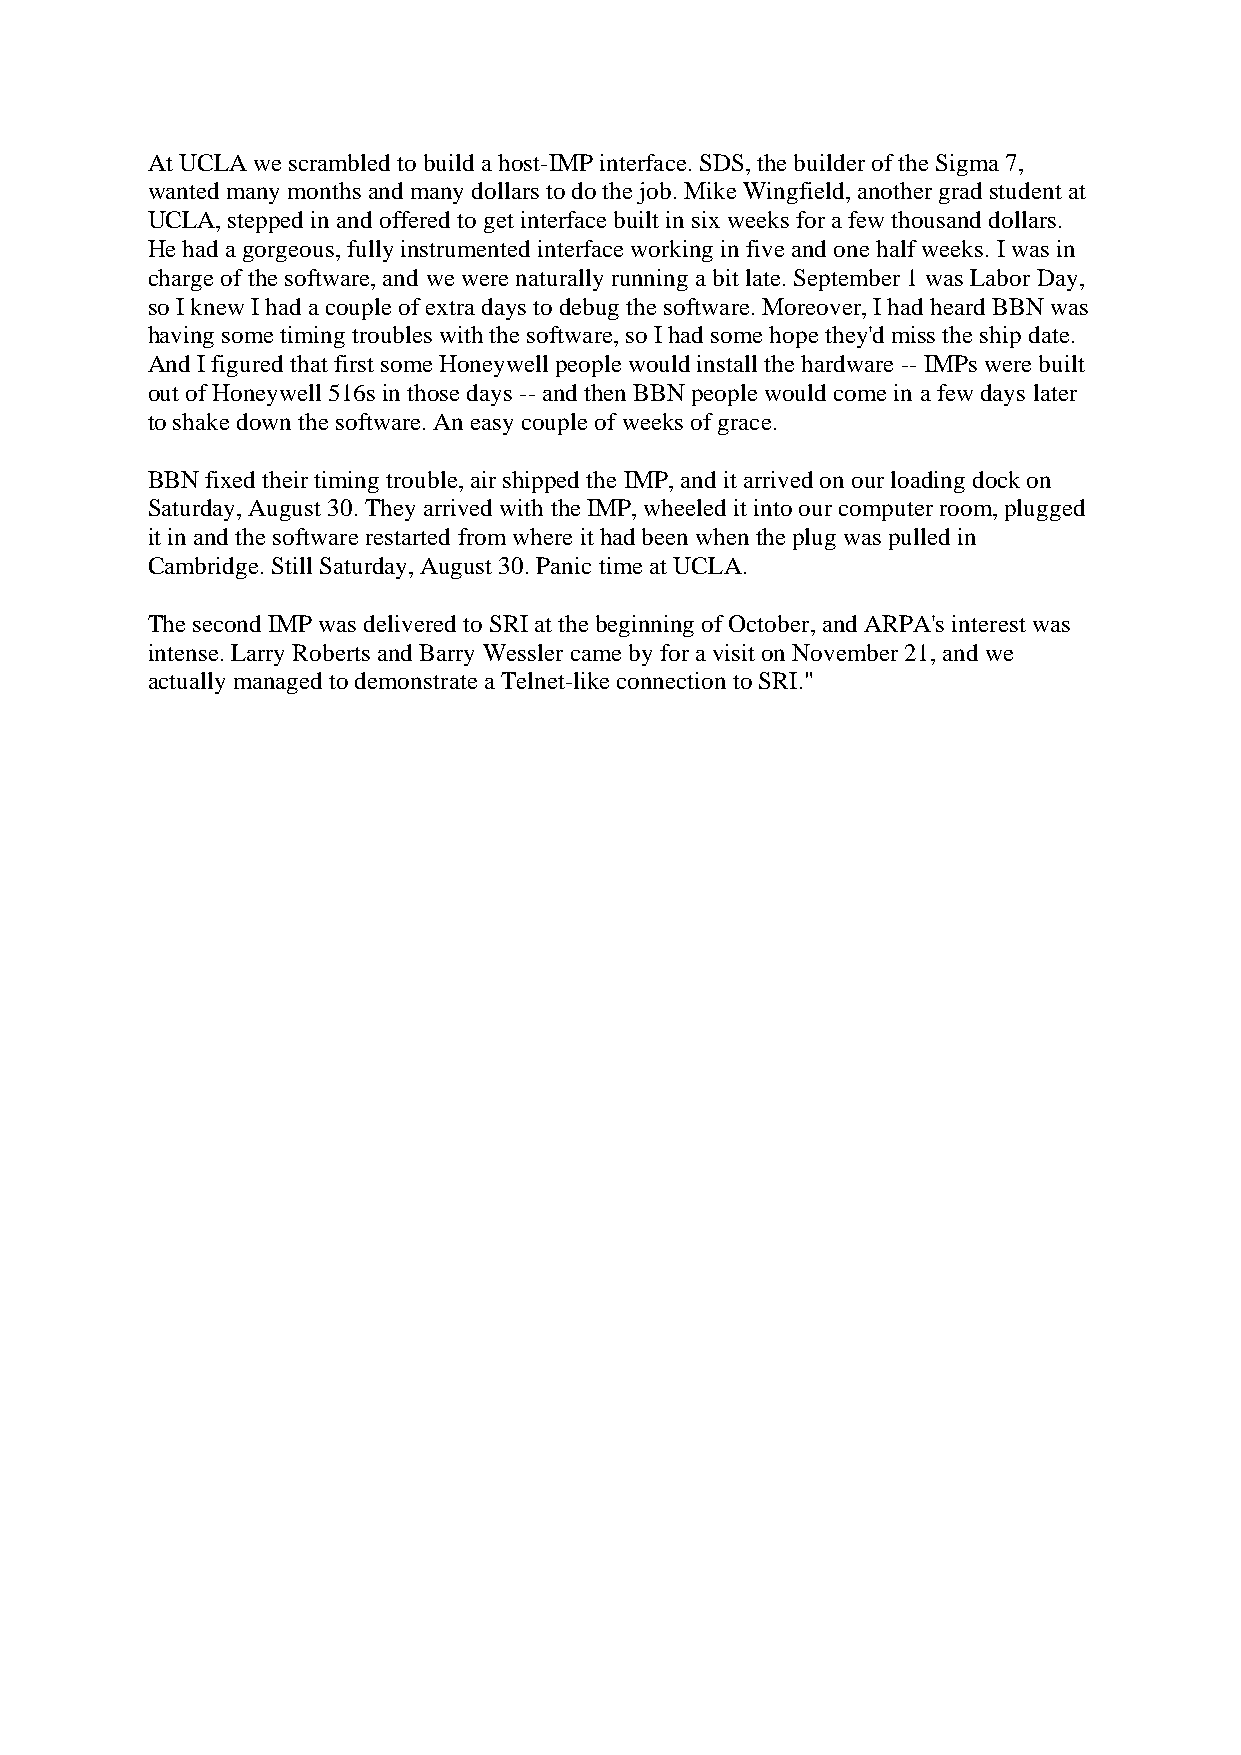
At UCLA we scrambled to build a host-IMP interface. SDS, the builder of the Sigma 7,
 wanted many months and many dollars to do the job. Mike Wingfield, another grad student at
 UCLA, stepped in and offered to get interface built in six weeks for a few thousand dollars.
 He had a gorgeous, fully instrumented interface working in five and one half weeks. I was in
 charge of the software, and we were naturally running a bit late. September 1 was Labor Day,
 so I knew I had a couple of extra days to debug the software. Moreover, I had heard BBN was
 having some timing troubles with the software, so I had some hope they'd miss the ship date.
 And I figured that first some Honeywell people would install the hardware -- IMPs were built
 out of Honeywell 516s in those days -- and then BBN people would come in a few days later
 to shake down the software. An easy couple of weeks of grace.
 BBN fixed their timing trouble, air shipped the IMP, and it arrived on our loading dock on
 Saturday, August 30. They arrived with the IMP, wheeled it into our computer room, plugged
 it in and the software restarted from where it had been when the plug was pulled in
 Cambridge. Still Saturday, August 30. Panic time at UCLA.
 The second IMP was delivered to SRI at the beginning of October, and ARPA's interest was
 intense. Larry Roberts and Barry Wessler came by for a visit on November 21, and we
 actually managed to demonstrate a Telnet-like connection to SRI."